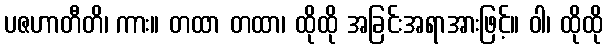
ပဇဟာတီတိ၊ ကား။ တထာ တထာ၊ ထိုထို အခြင်းအရာအားဖြင့်။ ဝါ၊ ထိုထို